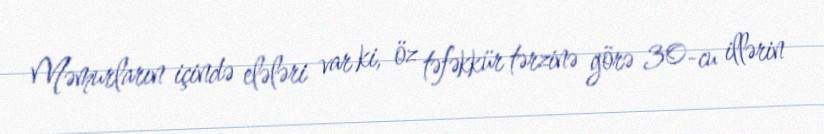
Məmurların içində elələri var ki, öz təfəkkür tərzinə görə 30-cu illərin